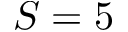
S = 5